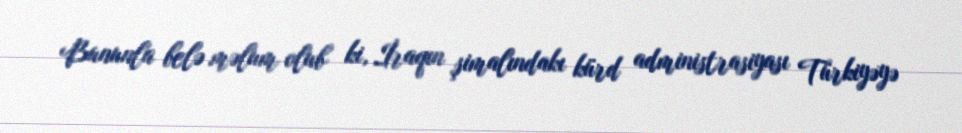
Bununla belə məlum olub ki, İraqın şimalındakı kürd administrasiyası Türkiyəyə